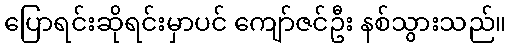
ပြောရင်းဆိုရင်းမှာပင် ကျော်ဇင်ဦး နစ်သွားသည်။